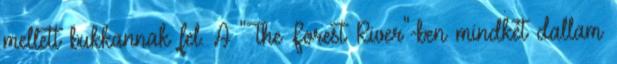
mellett bukkannak fel. A "The Forest River"-ben mindkét dallam